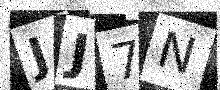
Text: JJ7N